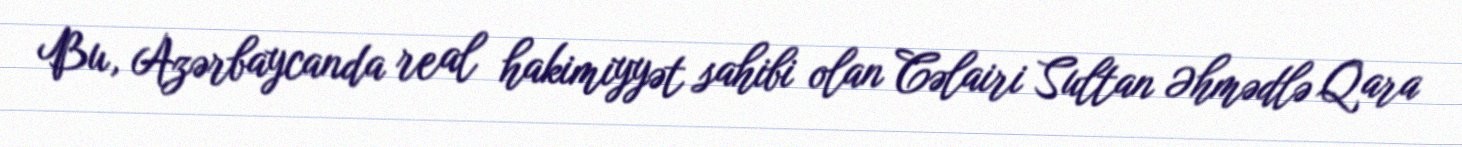
Bu, Azərbaycanda real hakimiyyət sahibi olan Cəlairi Sultan Əhmədlə Qara